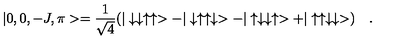
| 0 , 0 , - J , \pi > = \frac { 1 } { \sqrt { 4 } } ( | \downarrow \downarrow \uparrow \uparrow > - | \downarrow \uparrow \uparrow \downarrow > - | \uparrow \downarrow \downarrow \uparrow > + | \uparrow \uparrow \downarrow \downarrow > ) \quad .